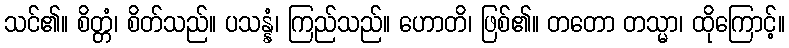
သင်၏။ စိတ္တံ၊ စိတ်သည်။ ပသန္နံ၊ ကြည်သည်။ ဟောတိ၊ ဖြစ်၏။ တတော တသ္မာ၊ ထိုကြောင့်။